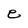
Character: e